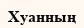
Хуанның